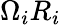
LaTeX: \Omega_{i}R_{i}